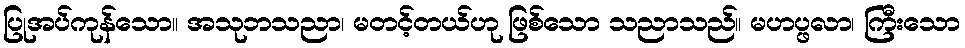
ပြုအပ်ကုန်သော။ အသုဘသညာ၊ မတင့်တယ်ဟု ဖြစ်သော သညာသည်။ မဟပ္ဖလာ၊ ကြီးသော